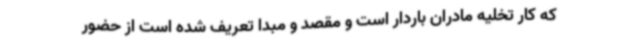
که کار تخلیه مادران باردار است و مقصد و مبدا تعریف شده است از حضور